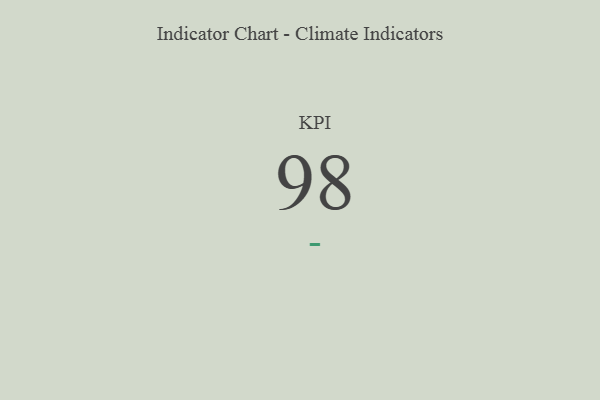
{"axis": {"x": "KPI", "y": "Value"}, "legend": [""], "data": [{"x": "KPI", "y": 98, "type": ""}]}